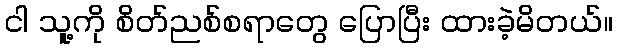
ငါ သူ့ကို စိတ်ညစ်စရာတွေ ပြောပြီး ထားခဲ့မိတယ်။